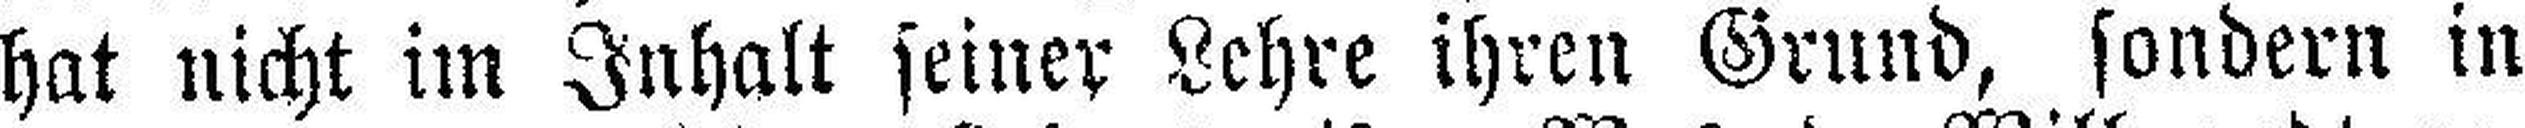
hat nicht im Inhalt seiner Lehre ihren Grund, sondern in